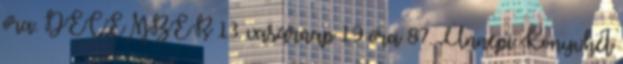
óra. DECEMBER 13. vasárnap 19 óra 87. Ünnepi Könyvhét